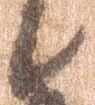
日